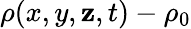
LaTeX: \rho(x,y,\mathbf{z},t)-\rho_{0}